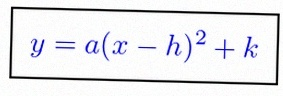
y=a(x-h)^2+k